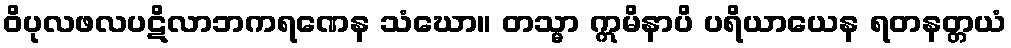
ဝိပုလဖလပဋိလာဘကရဏေန သံဃော။ တသ္မာ ဣမိနာပိ ပရိယာယေန ရတနတ္တယံ